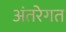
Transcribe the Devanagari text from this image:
अंतरेगत